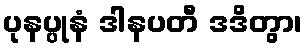
ပုနပ္ပုနံ ဒါနပတီ ဒဒိတွာ၊